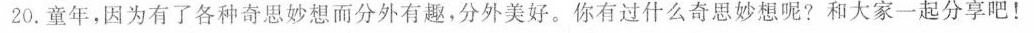
20. 童年，因为有了各种奇思妙想而分外有趣，分外美好。你有过什么奇思妙想呢?和大家一起分享吧！